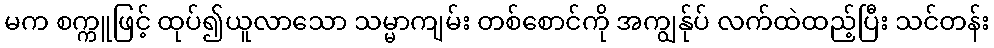
မက စက္ကူဖြင့် ထုပ်၍ယူလာသော သမ္မာကျမ်း တစ်စောင်ကို အကျွန်ုပ် လက်ထဲထည့်ပြီး သင်တန်း